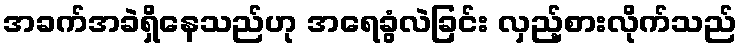
အခက်အခဲရှိနေသည်ဟု အရေခွံလဲခြင်း လှည့်စားလိုက်သည်